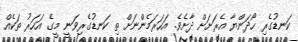
ކަނޑުގެރި ހޯދަންޔާ އެރަށަށް ދާށެވެ. އަހަރަމެންނަށް ތި ކަނޑުގެރިވަނީ މީގެ އަހަރު ތަކެއް